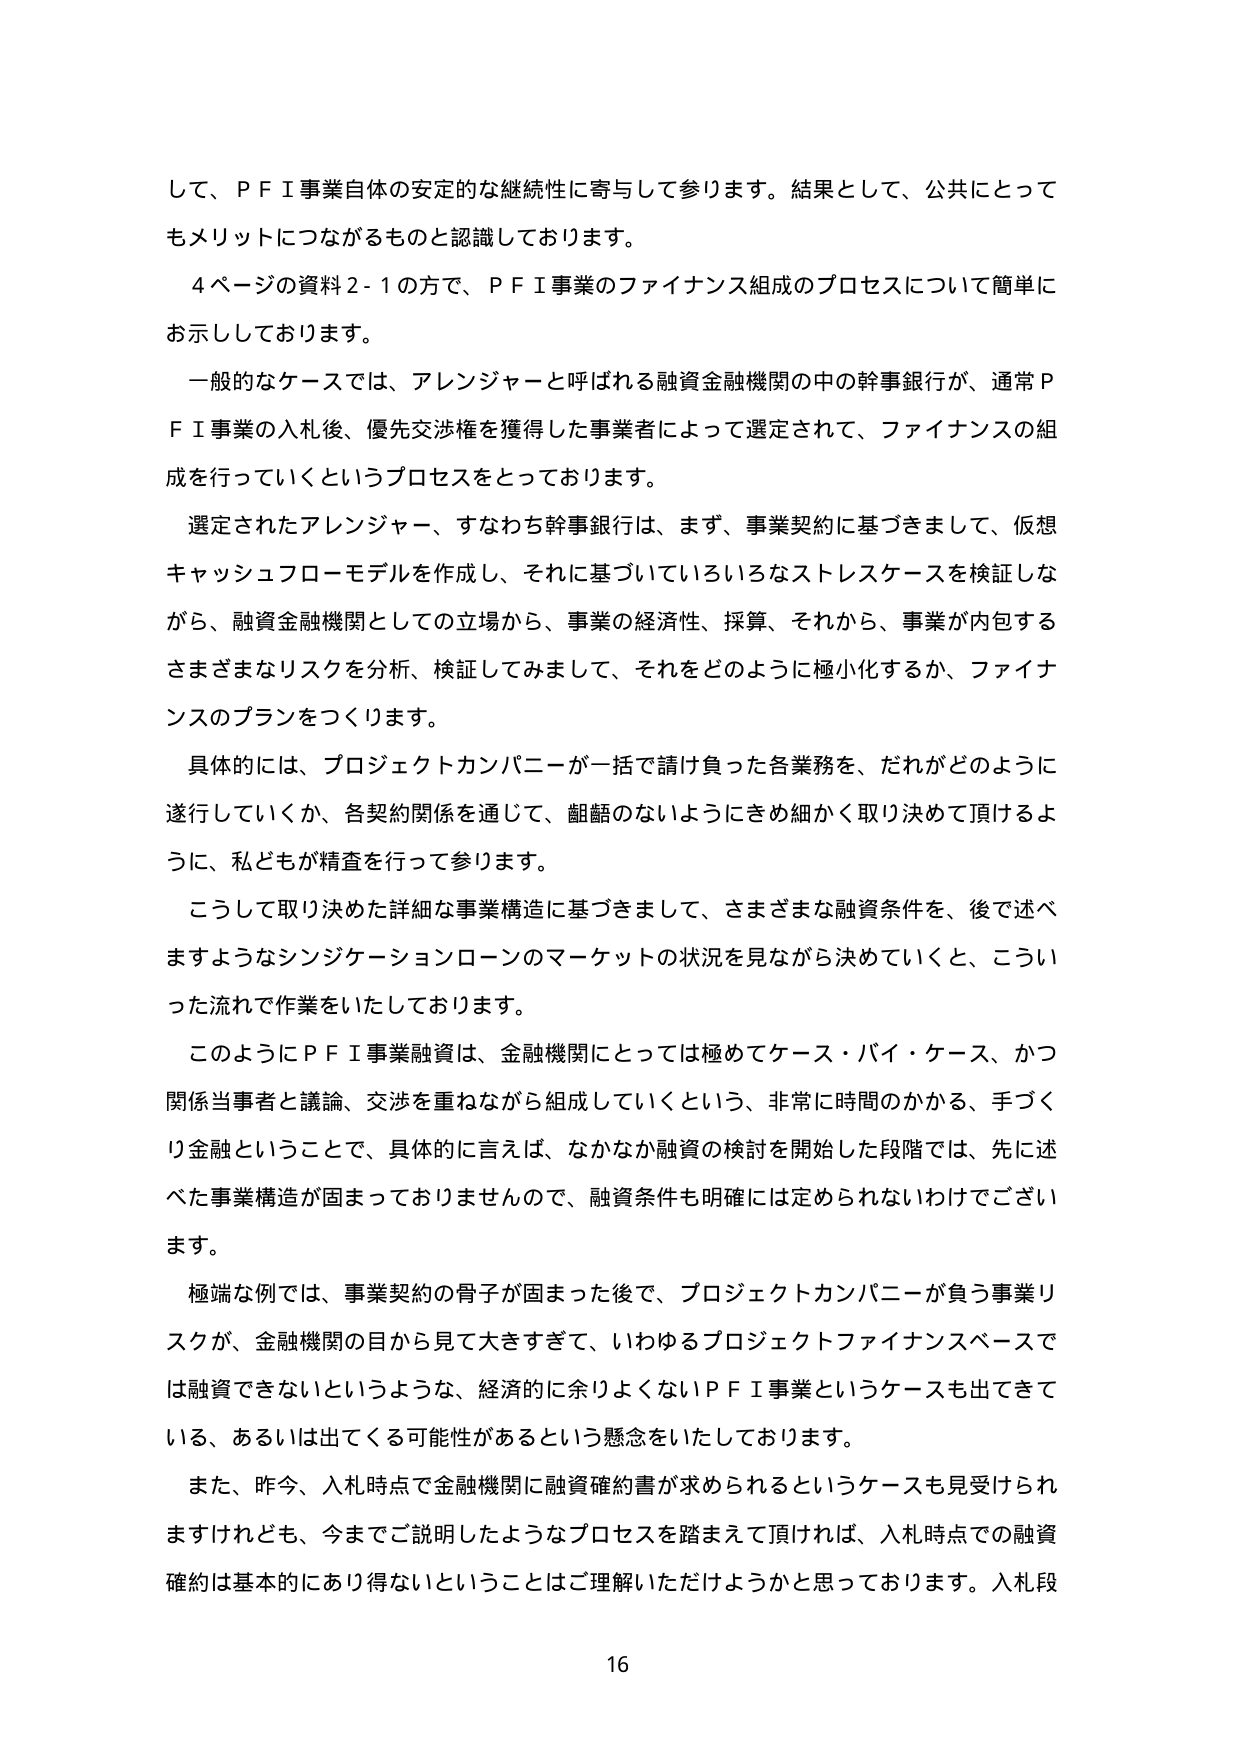
して、ＰＦＩ事業自体の安定的な継続性に寄与して参ります。結果として、公共にとってもメリットにつながるものと認識しております。

４ページの資料２-１の方で、ＰＦＩ事業のファイナンス組成のプロセスについて簡単に お示ししております。

一般的なケースでは、アレンジャーと呼ばれる融資金融機関の中の幹事銀行が、通常ＰＦＩ事業の入札後、優先交渉権を獲得した事業者によって選定されて、ファイナンスの組成を行っていくというプロセスをとっております。

選定されたアレンジャー、すなわち幹事銀行は、まず、事業契約に基づきまして、仮想キャッシュフローモデルを作成し、それに基づいていろいろなストレスケースを検証しながら、融資金融機関としての立場から、事業の経済性、採算、それから、事業が内包するさまざまなリスクを分析、検証してみまして、それをどのように極小化するか、ファイナンスのプランをつくります。

具体的には、プロジェクトカンパニーが一括で請け負った各業務を、だれがどのように遂行していくか、各契約関係を通じて、齟齬のないようにきめ細かく取り決めて頂けるように、私どもが精査を行って参ります。

こうして取り決めた詳細な事業構造に基づきまして、さまざまな融資条件を、後で述べますようなシンジケーションローンのマーケットの状況を見ながら決めていくと、こういった流れで作業をいたしております。

このようにＰＦＩ事業融資は、金融機関にとっては極めてケース・バイ・ケース、かつ関係当事者と議論、交渉を重ねながら組成していくという、非常に時間のかかる、手づくり金融ということで、具体的に言えば、なかなか融資の検討を開始した段階では、先に述べた事業構造が固まっておりませんので、融資条件も明確には定められないわけでございます。

極端な例では、事業契約の骨子が固まった後で、プロジェクトカンパニーが負う事業リスクが、金融機関の目から見て大きすぎて、いわゆるプロジェクトファイナンスベースでは融資できないというような、経済的に余りよくないＰＦＩ事業というケースも出てきている、あるいは出てくる可能性があるという懸念をいたしております。

また、昨今、入札時点で金融機関に融資確約書が求められるというケースも見受けられますけれども、今までご説明したようなプロセスを踏まえて頂ければ、入札時点での融資確約は基本的におり得ないということはご理解いただけようかと思っております。入札段

16